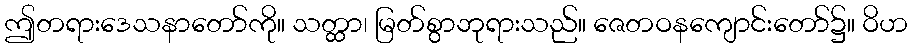
ဤတရားဒေသနာတော်ကို။ သတ္ထာ၊ မြတ်စွာဘုရားသည်။ ဇေတဝနကျောင်းတော်၌။ ဝိဟ